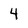
Character: 4